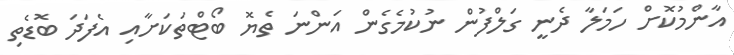
އާންމުކޮށް ހަމަލާ ދެނީ ގަލްފުން ނުކުމެގެން އަންނަ ތެޔޮ ބޯޓްތަކަށާއި އެފަދަ ބޮޑެތި